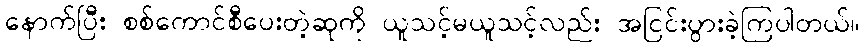
နောက်ပြီး စစ်ကောင်စီပေးတဲ့ဆုကို ယူသင့်မယူသင့်လည်း အငြင်းပွားခဲ့ကြပါတယ်။